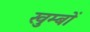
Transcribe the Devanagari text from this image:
खुम्बों